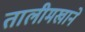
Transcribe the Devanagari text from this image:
तालीमखाने